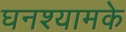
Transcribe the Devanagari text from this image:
घनश्यामके